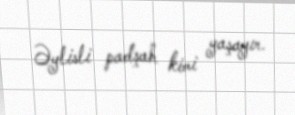
Əylisli padşah kimi yaşayır.